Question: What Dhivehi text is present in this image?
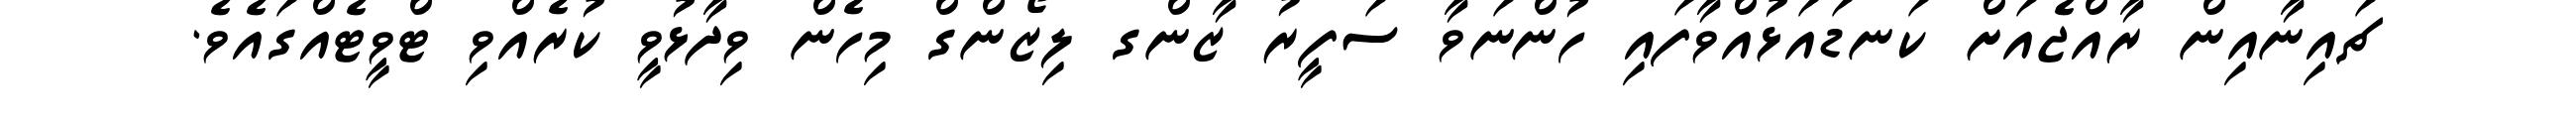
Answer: ޗައިނާއިން ރާއްޖެއަށް ކަނޑައަޅުއްވާފައި ހުންނަވާ ސަފީރު ޒާންގ ލިޒޯންގް މިހެން ވިދާޅުވީ ކުރެއްވި ޓްވީޓެއްގައެވެ.